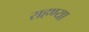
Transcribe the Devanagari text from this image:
राहण्या